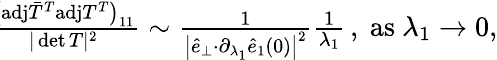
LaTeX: \begin{array}{r}{\! \! \! \frac{\big(\mathrm{adj}\bar{T}^{T}\mathrm{adj}T^{T}\big)_{11}}{\vert\operatorname*{det}T\vert^{2}}\sim\frac{1}{\big\vert\hat{e}_{\perp}{\cdot}\partial_{\lambda_{1}}\hat{e}_{1}(0)\big\vert^{2}}\frac{1}{\lambda_{1}}\, ,~\mathrm{as}~\lambda_{1}\rightarrow 0,}\end{array}